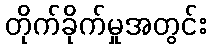
တိုက်ခိုက်မှုအတွင်း